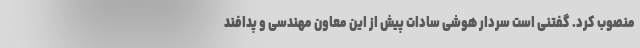
منصوب کرد. گفتنی است سردار هوشی سادات پیش از این معاون مهندسی و پدافند